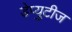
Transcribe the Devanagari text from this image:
डेप्युटीज